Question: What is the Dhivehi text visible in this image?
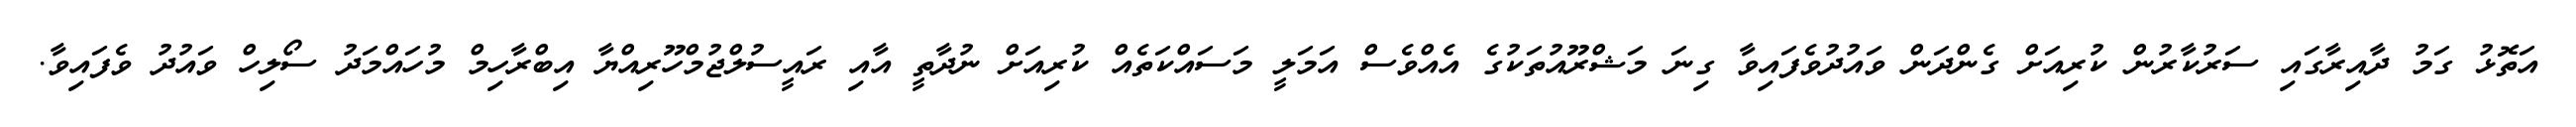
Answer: އަތޮޅު ގަމު ދާއިރާގައި ސަރުކާރުން ކުރިއަށް ގެންދަން ވައުދުވެފައިވާ ގިނަ މަޝްރޫއުތަކުގެ އެއްވެސް އަމަލީ މަސައްކަތެއް ކުރިއަށް ނުދާތީ އާއި ރައީސުލްޖުމްހޫރިއްޔާ އިބްރާހިމް މުހައްމަދު ސޯލިހް ވައުދު ވެފައިވާ.